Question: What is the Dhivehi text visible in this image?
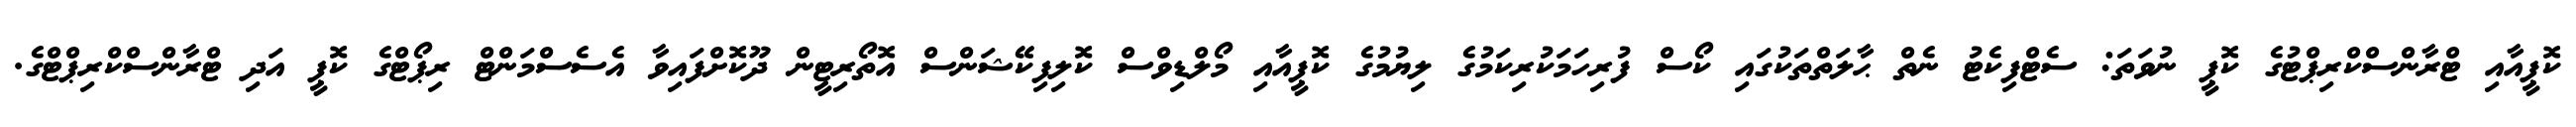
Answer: ކޮޕީއާއި ޓްރާންސްކްރިޕްޓުގެ ކޮޕީ ނުވަތަ: ސެޓްފިކެޓު ނެތް ޙާލަތްތަކުގައި ކޯސް ފުރިހަމަކުރިކަމުގެ ލިޔުމުގެ ކޮޕީއާއި މޯލްޑިވްސް ކޮލިފިކޭޝަންސް އޮތޯރިޓީން ދޫކޮށްފައިވާ އެސެސްމަންޓް ރިޕޯޓްގެ ކޮޕީ އަދި ޓްރާންސްކްރިޕްޓްގެ.